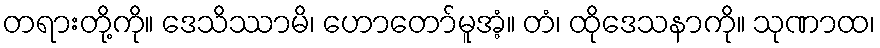
တရားတို့ကို။ ဒေသိဿာမိ၊ ဟောတော်မူအံ့။ တံ၊ ထိုဒေသနာကို။ သုဏာထ၊